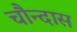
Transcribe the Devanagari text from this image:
चौन्दास